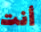
أنت